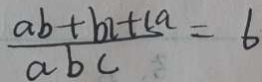
\frac { a b + b c + c a } { a b c } = 6